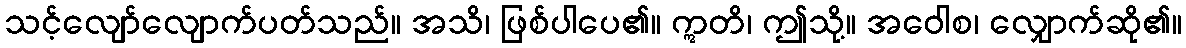
သင့်လျော်လျောက်ပတ်သည်။ အသိ၊ ဖြစ်ပါပေ၏။ ဣတိ၊ ဤသို့။ အဝေါစ၊ လျှောက်ဆို၏။